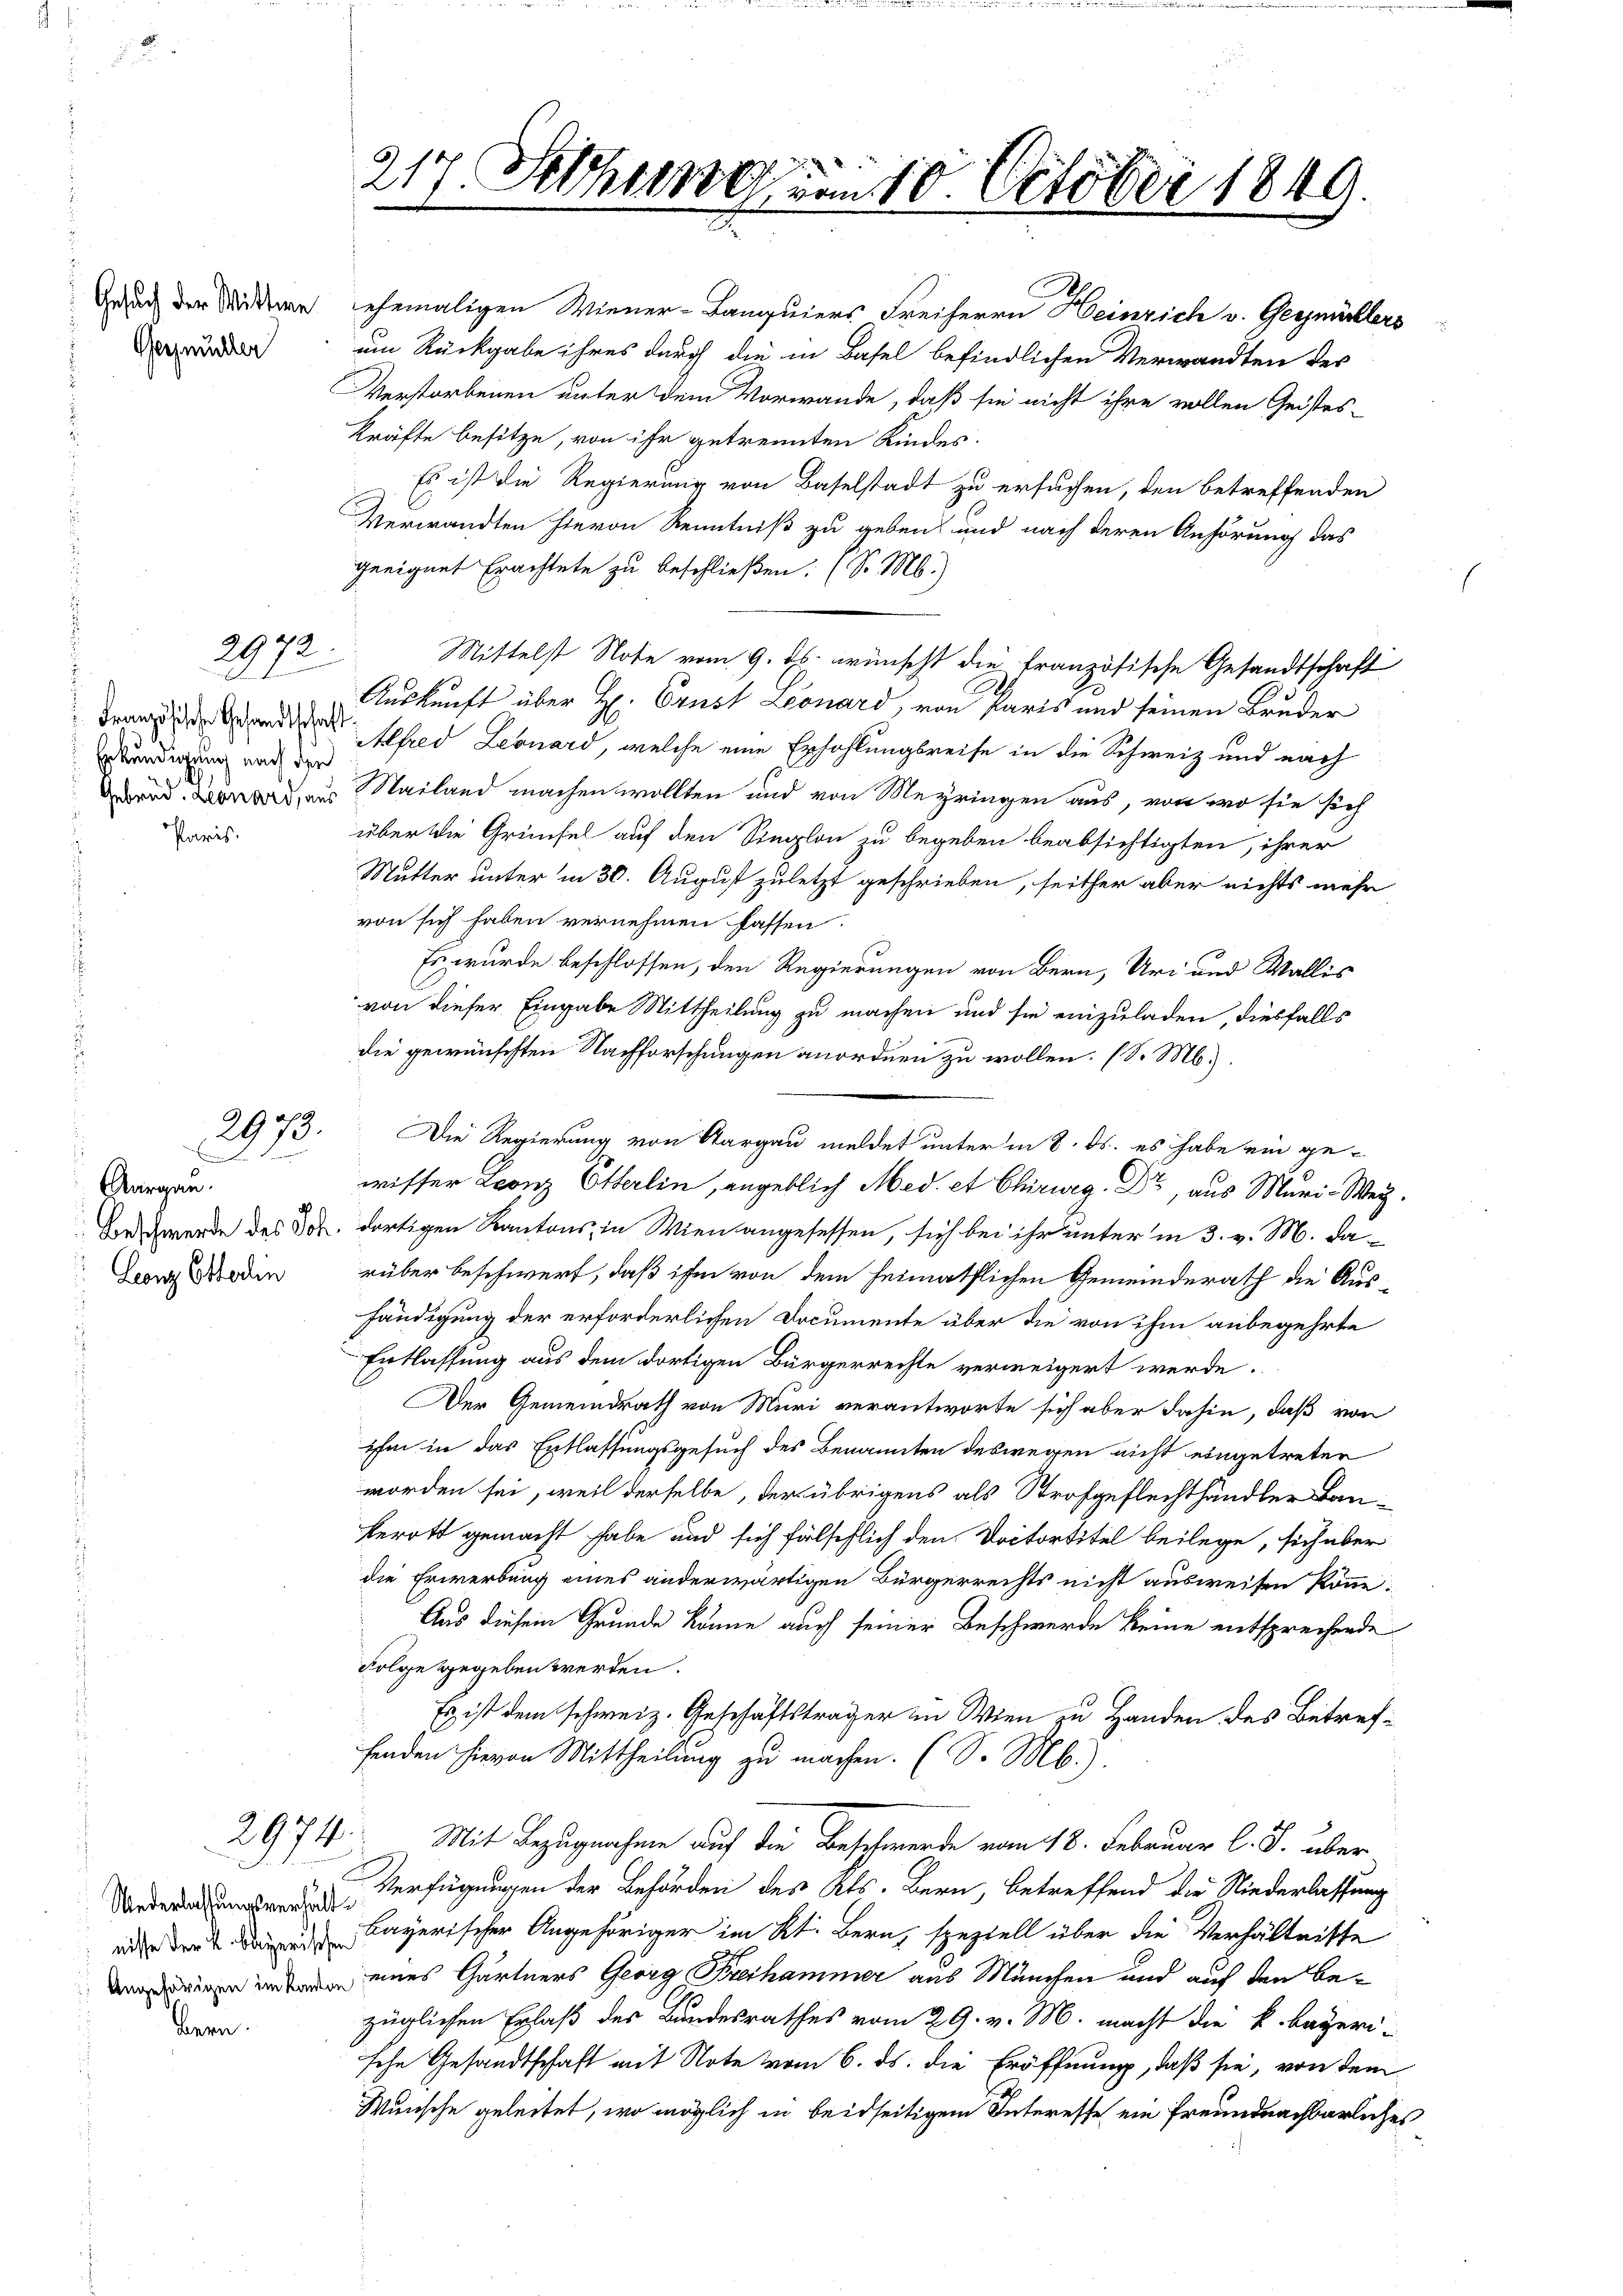
Geynüchter

Erkundigung nach der

Paris.

Bern.

2972

2973.

Aargau.
Lenz Ottodin

2974

217. Februng am 10. October 1849

Gesuch der Widderen ehemaligen Wiener-Banquiers Freiherrn Heinrich v. Geymühlers
um Rückgabe ihres durch die in Basel befindlichen Verwandten der
Verstorbenen unter dem Vorwande, daß sie nicht ihre vollen Geistes-
Kräfte besitze, von ihr getrennten Kindes.
Es ist die Regierung von Baselstadt zu ersuchen, den betreffenden
Verwandten hievon Kenntniß zu geben und nach deren Anhörung das
geeignet Erachtete zu beschließen. (S. M.)
Mittelst Note vom 9. ds. wünscht die französische Gesandtschaft
.
Auskunft über H. Ernst Leonard, von Paris und seinen Bruder
Franz ande Abred Leonard, welche eine Erhohlungsreise in die Schweiz und nach
dorad. Brand aus Mailand machen wollten und von Meyringen aus, von wo sie sich
über die Grünfel auf den Simplon zu begeben beabsichtigten, ihrer
Mutter unter in 30. August zuletzt geschrieben, seither aber nichts mehr
von sich haben vernehmen fassen.
Es wurde beschlossen, den Regierungen von Bern, Uri und Wallis
von dieser Eingabe Mittheilung zu machen und sie einzuladen, diesfalls
die gewünschten Nachforschungen anordnen zu wollen. (S. M.
Die Regierung von Aargau meldet unter in 8. ds. es habe ein ge-
wisser Leonz Otterlin, angeblich Med. et Chirurg. Dr., aus Muri-Wey.
Borschwerde des Joh. dortigen Kantons in Wien angesessen, sich bei ihr unter in 3. v. M. darüber beschwert, daß ihm von dem heimathlichen Gemeinderath die Aushändigung der erforderlichen Documente über die von ihm anbegehrte
Entlassung aus dem dortigen Bürgerrechte verweigert werde.
Der Gemeindrath von Muri verantworte sich aber dahin, daß von
ihm in das Entlassungsgesuch des Benannten deswegen nicht eingetreten
worden sei, weil derselbe, der übrigens als Strafgeflechthändler Lanberott gemacht habe und sich fälschlich den Doctortitel beilege, sich über
die Erwerbung eines anderwärtigen Bürgerrechts nicht ausweisen könne.
Aus diesem Grunde könne auch seiner Beschwerde keine entsprechende
Folge gegeben werden.
Es ist dem schweiz. Geschäftsträger in Wien zu Handen des Betreffenden hievon Mittheilung zu machen. (S. Mb.).
Mit Bezugnahme auf die Beschwerde vom 18. Februar l. J. über
 Verfügungen der Behörden des Kts. Bern, betreffend die Niederlassung
Kayerischer Angehöriger im Kt. Bern, speziell über die Verhältnisse
  eines Gärtners Georg Freihammer aus München und auf den bezüglichen Erlaß des Bundesrathes vom 29. v. M. macht die k. bayeri-
sehe Gesandtschaft mit Note vom 6. ds. die Eröffnung, daß sie, von dem
Wunsche geleitet, wo möglich in beidseitigem Interesse ein freundnachbarliches